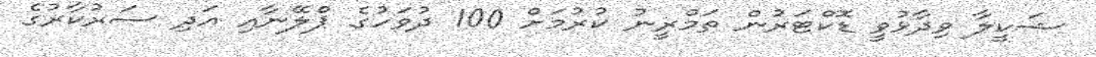
ޝަކީލާ ވިދާޅުވީ ޑޮކްޓަރުން ތަމްރީނު ކުރުމަށް 100 ދުވަހުގެ ޕްލޭނާއި އަދި ސަރުކާރުގެ